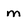
Character: m